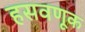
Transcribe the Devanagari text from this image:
हसवणूक